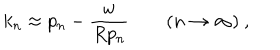
LaTeX: k _ { n } \approx p _ { n } - \frac { w } { R p _ { n } } \qquad ( n \to \infty ) \ ,